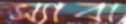
স্যাবা